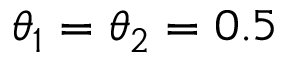
{ \theta } _ { 1 } = { \theta } _ { 2 } = 0 . 5